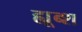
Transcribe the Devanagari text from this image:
ह्यूब्श